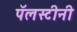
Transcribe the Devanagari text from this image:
पॅलस्टीनी